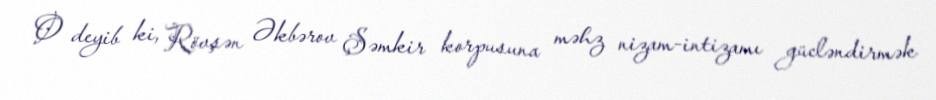
O deyib ki, Rövşən Əkbərov Şəmkir korpusuna məhz nizam-intizamı gücləndirmək